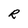
Character: R